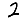
Digit: 2